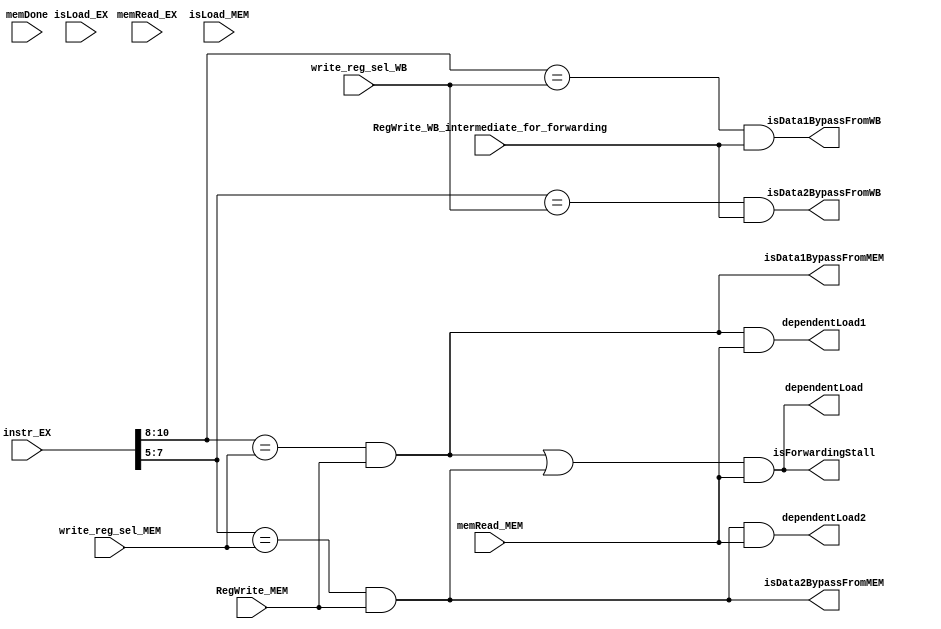
module forwarding_unit(
	   // inputs
	   instr_EX, memDone, RegWrite_MEM, RegWrite_WB_intermediate_for_forwarding, write_reg_sel_MEM, write_reg_sel_WB, memRead_EX, memRead_MEM, isLoad_EX, isLoad_MEM,
	   // outputs
	   isData1BypassFromMEM, isData1BypassFromWB, isData2BypassFromMEM, isData2BypassFromWB, isForwardingStall, dependentLoad, dependentLoad1, dependentLoad2
	);

// isData1NoBypass ? read1data_EX : (isData1BypassFromMEM ? read1data_MEM : read1data_WB)
// add r1, r2, r3
// add r1, r1, r4
// add r1, r1, r2
// isData1Bypass ? (isData1BypassFromMEM ? read1data_MEM : read1data_WB) : read1data_EX

	// inputs
	input [15:0] instr_EX;
	input [2:0] write_reg_sel_MEM, write_reg_sel_WB;
	input memDone, RegWrite_MEM, RegWrite_WB_intermediate_for_forwarding, memRead_EX, memRead_MEM, isLoad_EX, isLoad_MEM;
	// outputs
	output isData1BypassFromMEM, isData1BypassFromWB, isData2BypassFromMEM, isData2BypassFromWB, isForwardingStall, dependentLoad, dependentLoad1, dependentLoad2;
	wire [2:0] read_reg_1_EX, read_reg_2_EX;

	//assign isData1Bypass = read_reg_1_EX == write_reg_sel_MEM && RegWrite_MEM || read_reg_1_EX == write_reg_sel_WB || RegWrite_WB;
	//assign isData2Bypass = read_reg_2_EX == write_reg_sel_MEM && RegWrite_MEM || read_reg_2_EX == write_reg_sel_WB || RegWrite_WB;
	assign isStore = 0;//instr_EX[15:11] == 5'b10000 || instr_EX[15:11] == 5'b10011;
	assign read_reg_1_EX = isStore ? instr_EX[7:5] : instr_EX[10:8];
	assign read_reg_2_EX = isStore ? instr_EX[10:8] : instr_EX[7:5];
	assign isData1BypassFromMEM = (read_reg_1_EX == write_reg_sel_MEM) && RegWrite_MEM;
	assign dependentLoad = ((read_reg_1_EX == write_reg_sel_MEM) && RegWrite_MEM  || (read_reg_2_EX == write_reg_sel_MEM) && RegWrite_MEM) && memRead_MEM;
	assign dependentLoad1 = (read_reg_1_EX == write_reg_sel_MEM) && RegWrite_MEM && memRead_MEM;
	assign dependentLoad2 = (read_reg_2_EX == write_reg_sel_MEM) && RegWrite_MEM && memRead_MEM;
	//assign dependentLoad = ((read_reg_1_EX == write_reg_sel_MEM) && RegWrite_MEM && isLoad_MEM) || ((read_reg_2_EX == write_reg_sel_MEM) && RegWrite_MEM && isLoad_MEM);
	assign isData1BypassFromWB = (read_reg_1_EX == write_reg_sel_WB) && RegWrite_WB_intermediate_for_forwarding;
	assign isData2BypassFromMEM = (read_reg_2_EX == write_reg_sel_MEM) && RegWrite_MEM;
	assign isData2BypassFromWB = (read_reg_2_EX == write_reg_sel_WB) && RegWrite_WB_intermediate_for_forwarding;
	assign isForwardingStall = (isData1BypassFromMEM || isData2BypassFromMEM) && memRead_MEM;
	//assign isData1BypassFromMEMwithDelay = (read_reg_1_EX == write_reg_sel_MEM) && RegWrite_MEM && memRead_MEM;
	//assign isData2BypassFromMEMwithDelay = (read_reg_2_EX == write_reg_sel_MEM) && RegWrite_MEM && memRead_MEM;

endmodule